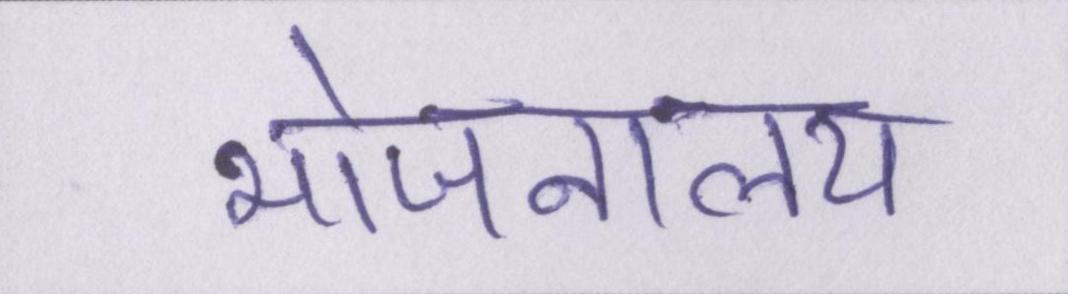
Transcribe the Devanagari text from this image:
भोजनालय